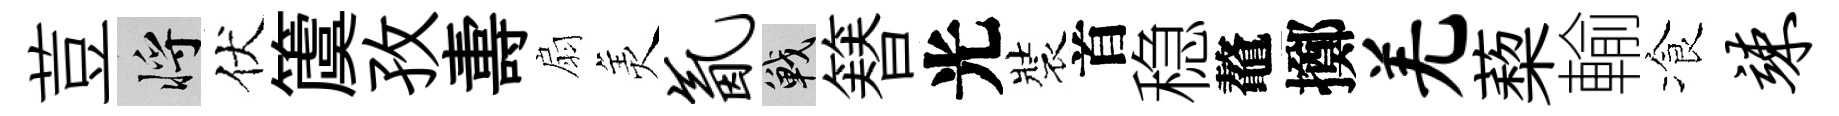
荳將伏𥵂孜夀扇羙氤戰簮光裝首稳鼇擲羌蔾輸飡竦